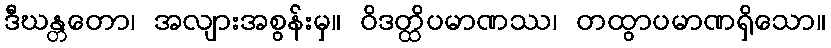
ဒီဃန္တတော၊ အလျားအစွန်းမှ။ ဝိဒတ္ထိပမာဏဿ၊ တထွာပမာဏရှိသော။